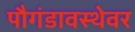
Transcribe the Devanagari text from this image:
पौगंडावस्थेवर